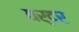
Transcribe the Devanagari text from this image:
वर्दर